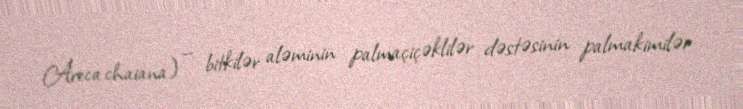
Areca chaiana) — bitkilər aləminin palmaçiçəklilər dəstəsinin palmakimilər